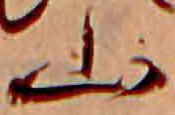
山